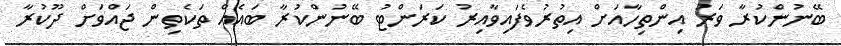
ބޭނުންކުރާ ވަރު އިންތިހާއަށް އިތުރުވެފައިވާއިރު ކަރަންޓު ބޭނުންކުރާ ބައެއް ތަކެތިން ޖައްވަށް ދޫކުރާ